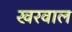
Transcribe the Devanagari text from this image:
खरवाल